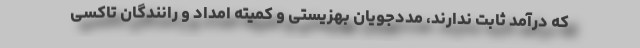
که درآمد ثابت ندارند، مددجویان بهزیستی و کمیته امداد و رانندگان تاکسی